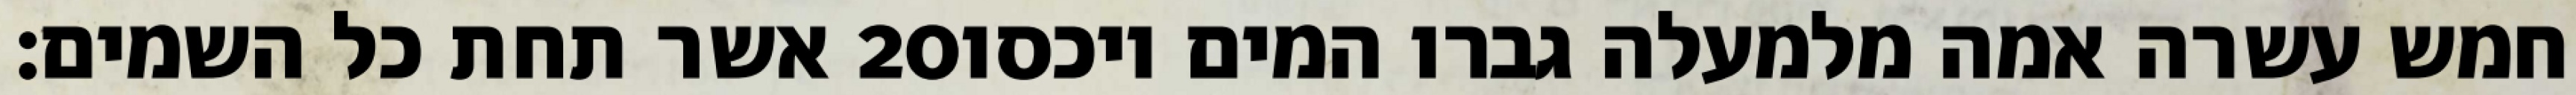
אשר תחת כל השמים׃ ‎20‏ חמש עשרה אמה מלמעלה גברו המים ויכסו